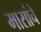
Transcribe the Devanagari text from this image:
मासांचे